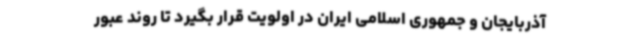
آذربایجان و جمهوری اسلامی ایران در اولویت قرار بگیرد تا روند عبور